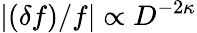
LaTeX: \vert(\delta f)/f\vert\propto D^{-2\kappa}